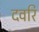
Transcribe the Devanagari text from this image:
दवरि